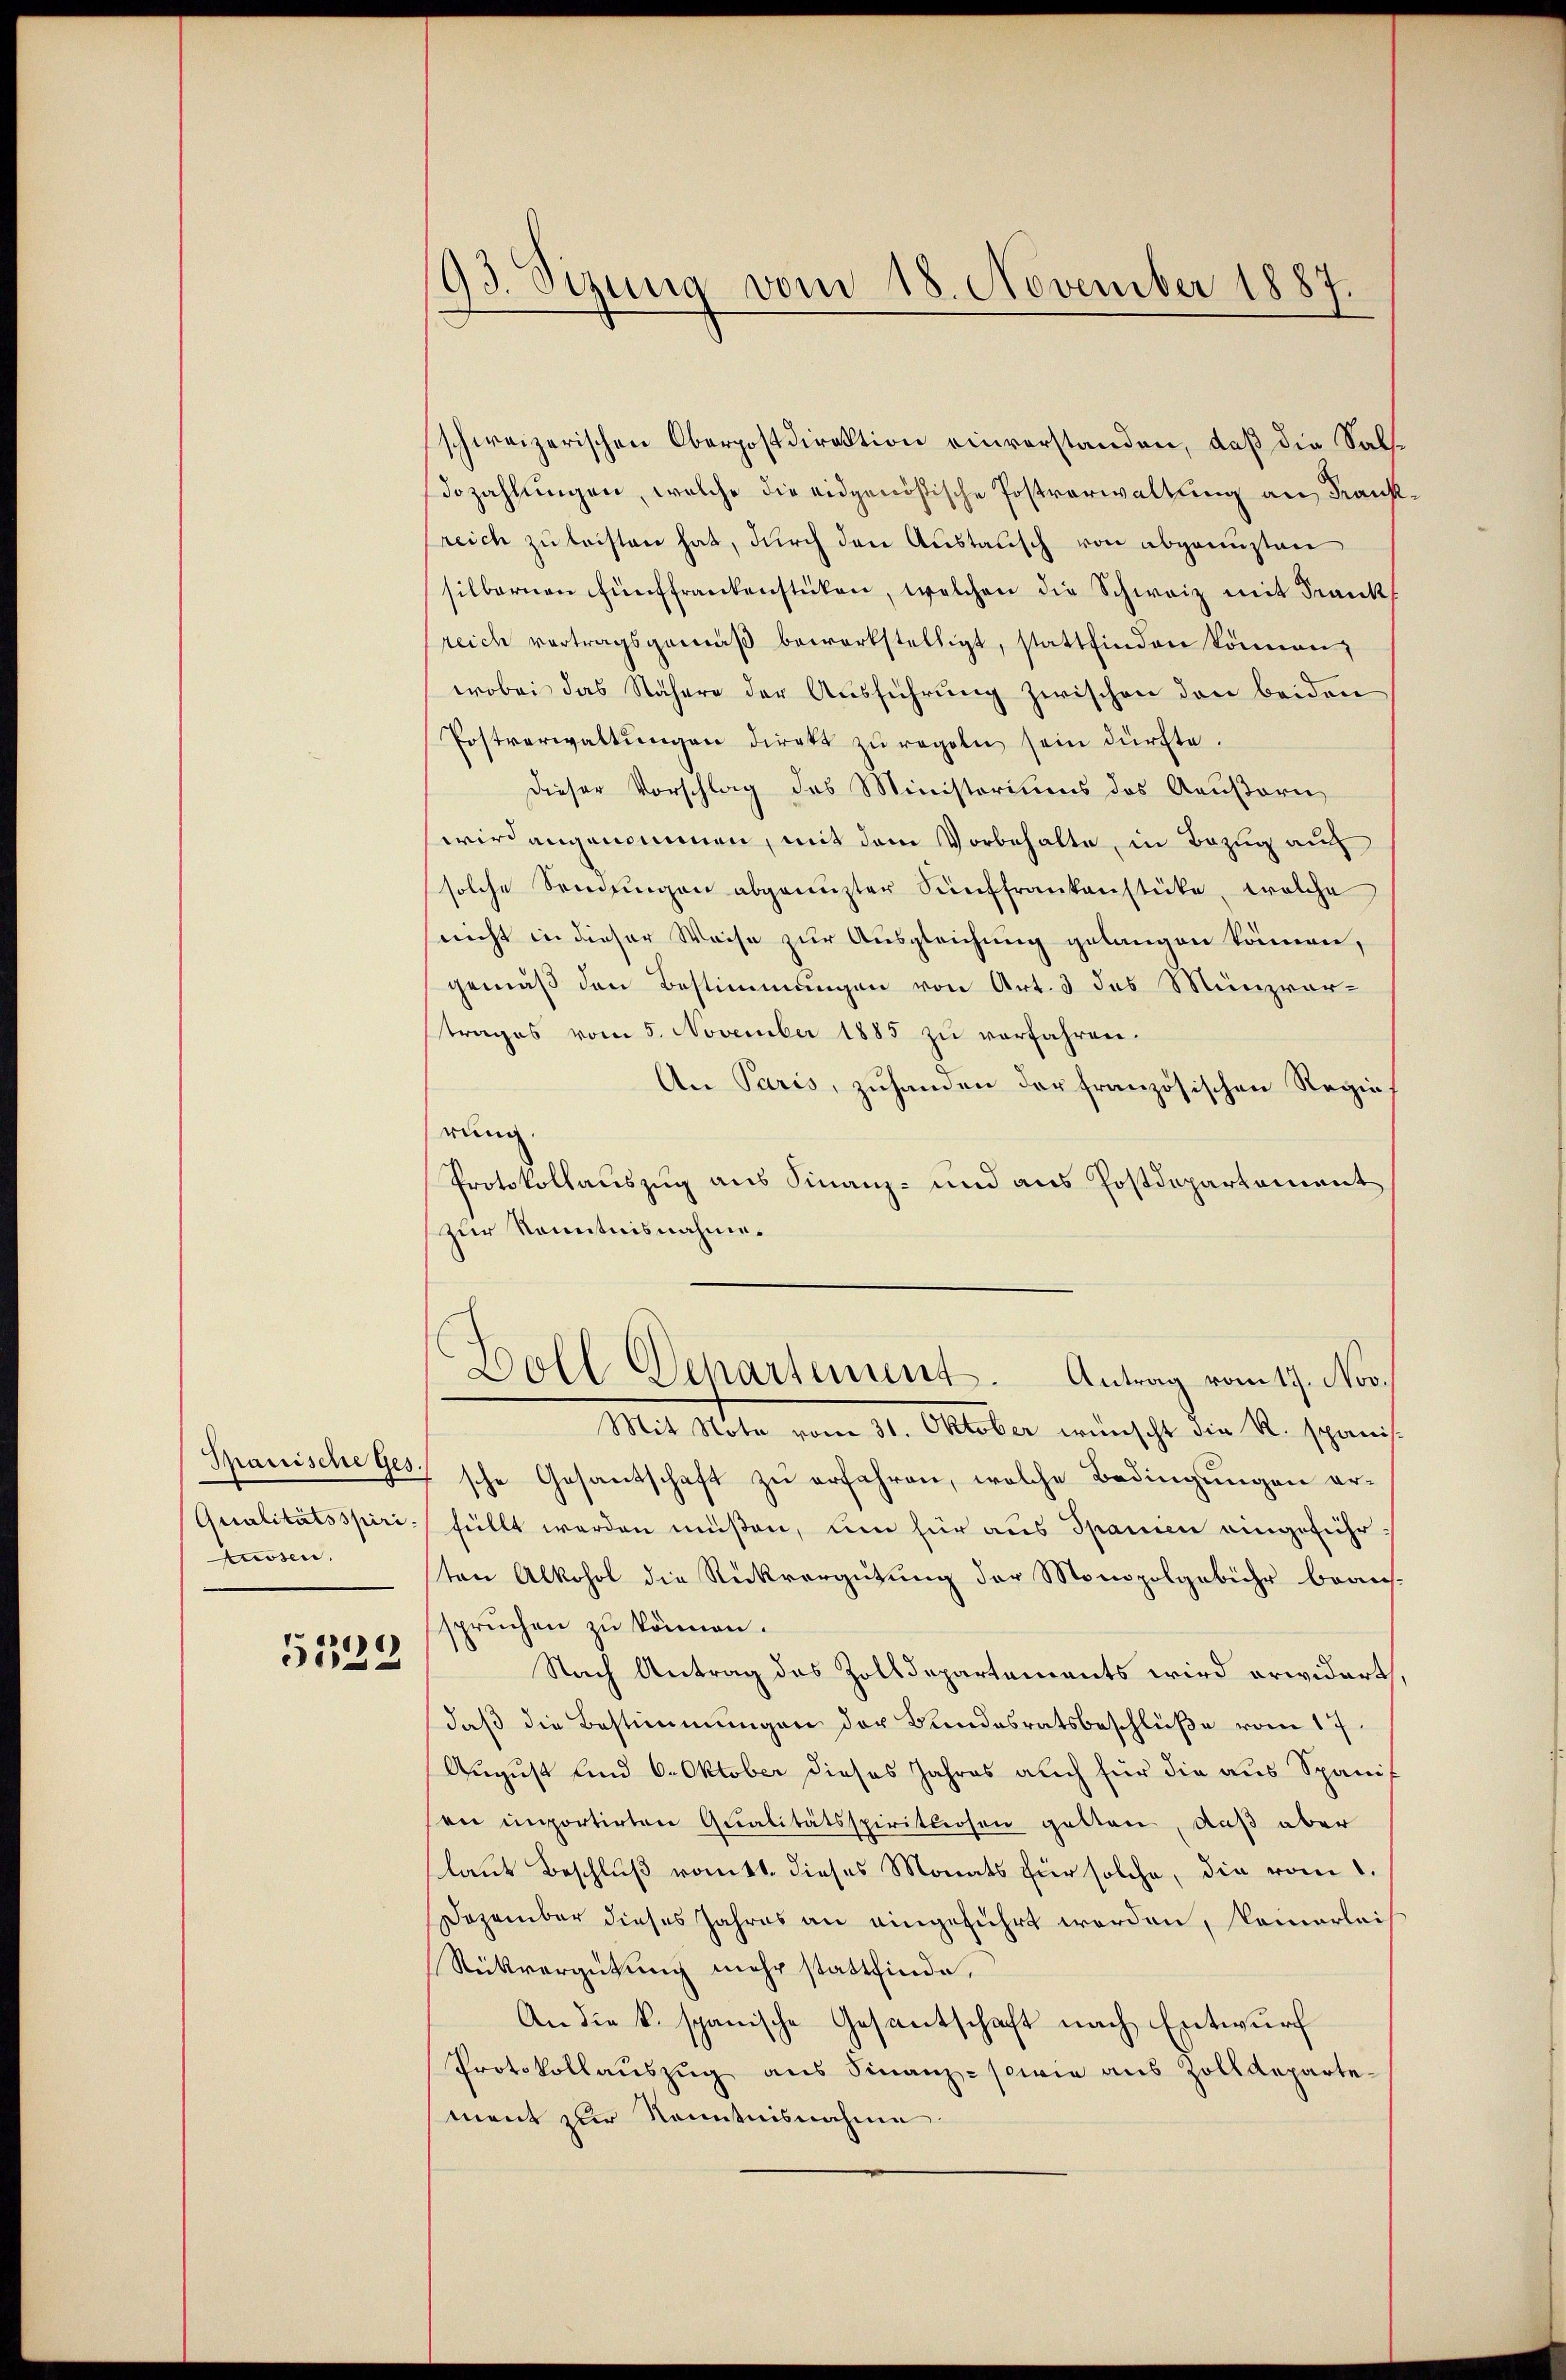
tuosen,

)
532

93. Sizung vom 18. November 1887

schweizerischen Oberpostdirektion einverstanden, daß die Saldozahlungen, welche die eidgenößische Postverwaltung an Frank
reich zu leisten hat, durch den Austausch von abgenuzten
silbernen fünffrankenstücken, welchen die Schweiz mit Frank
reich vertragsgemäß bewerkstelligt, stattfinden können,
wobei das Nähere der Ausführung zwischen den beiden
Postverwaltŭngen direkt zŭ regeln sein dürfte.
Dieser Vorschlag des Ministoriums des Aeußern
wird angenommen, mit dem Vorbehalte, in Bezug auf
solche Sendŭngen abgenŭzter Sünffrankenstücke, welche
nicht in dieser Weise zur Ausgleichung gelangen können,
gemäß den Bestimmungen von Art. 3 des Münzvortrages vom 5. November 1885 zu verfahren.
An Paris, zuhanden der französischen Regierung.
Protokollauszug aus Finanz- und aus Postdepartement
zur Kenntnisnahme.
Soll Departenunt. Antrag vom 19. Nov.
Mit Note vom 31. Oktober wünscht die R. spanis¬
Spanische Ges, sche Gesantschaft zu erfahren, welche Bedingungen er¬
Qualitätsspiri füllt werden müßen, um für aus Spanien eingeführten Alkohol die Rückvergütung der Monopolgebühr braussspruchen zu können.
Nach Antrag des Zolldepartements wird erwidert.
daß die Bestimmungen der Bundesratsbeschlüße vom 17.
August und 6. Oktober dieses Jahres auch für die aus Spanis
sen importirten Qualitätsspirituosen gelten, daß aber
laut Beschluß vomtt. dieses Monats für solche, die vom 1.
Dezember dieses Jahres an eingeführt werden, keinerlei¬
Rückvergütung mehr stattfinde,
An die k. spanische Gesantschaft nach Entwurf
Protokollaŭszŭg aŭs Finanz- sowie aus Zolldeparte-
ment zur Kenntnisnahme